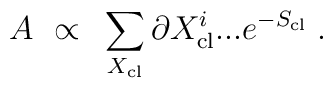
A ~ \propto ~ \sum_{X_{\rm cl}} \partial X^i_{\rm cl}...    e^{-S_{\rm cl}}\;.